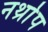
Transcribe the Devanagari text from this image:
नर्थ्राप